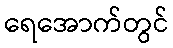
ရေအောက်တွင်